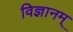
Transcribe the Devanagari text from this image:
विज्ञानम्